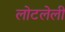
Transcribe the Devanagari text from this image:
लोटलेली